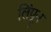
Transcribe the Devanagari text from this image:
लिंपून